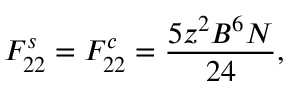
F _ { 2 2 } ^ { s } = F _ { 2 2 } ^ { c } = \frac { 5 z ^ { 2 } B ^ { 6 } N } { 2 4 } ,